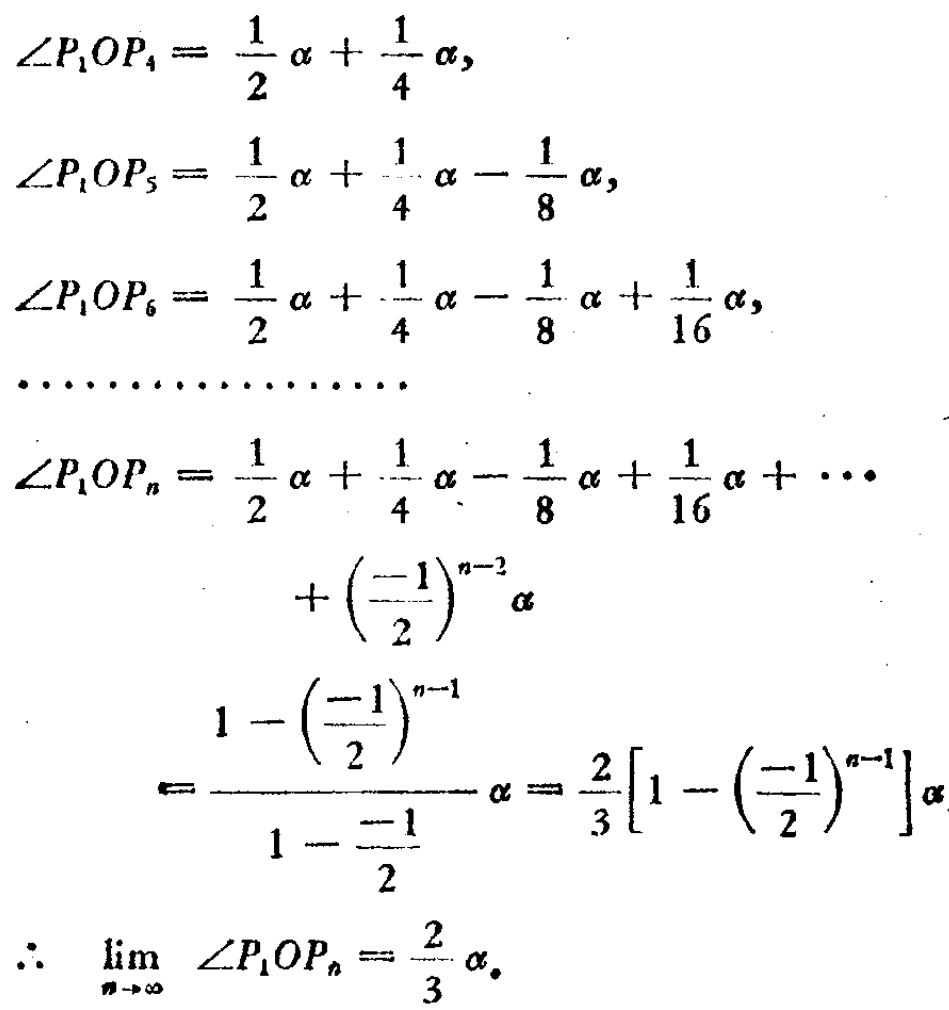
\[\begin{align*}
\angle P_{1}OP_{4}&=\frac{1}{2}\alpha+\frac{1}{4}\alpha,\\
\angle P_{1}OP_{5}&=\frac{1}{2}\alpha+\frac{1}{4}\alpha-\frac{1}{8}\alpha,\\
\angle P_{1}OP_{6}&=\frac{1}{2}\alpha+\frac{1}{4}\alpha-\frac{1}{8}\alpha+\frac{1}{16}\alpha,\\
\cdots\cdots\cdots\cdots\cdots\cdots\\
\angle P_{1}OP_{n}&=\frac{1}{2}\alpha+\frac{1}{4}\alpha-\frac{1}{8}\alpha+\frac{1}{16}\alpha+\cdots\\
&+ \left(\frac{-1}{2}\right)^{n - 2}\alpha\\
&=\frac{1-\left(\frac{-1}{2}\right)^{n - 1}}{1-\frac{-1}{2}}\alpha=\frac{2}{3}\left[1-\left(\frac{-1}{2}\right)^{n - 1}\right]\alpha\\
\therefore\lim_{n\rightarrow\infty}\angle P_{1}OP_{n}&=\frac{2}{3}\alpha.
\end{align*}\]